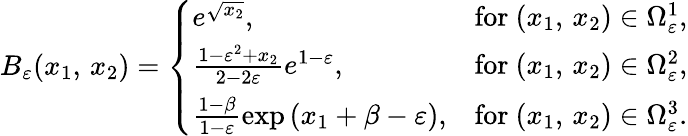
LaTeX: B_{\varepsilon}(x_{1},\, x_{2})=\left\{ \begin{array}{ll}{e^{\sqrt{x_{2}}},}&{\mathrm{for~}(x_{1},\, x_{2})\in\Omega_{\varepsilon}^{1},}\\ {\frac{1-\varepsilon^{2}+x_{2}}{2-2\varepsilon}e^{1-\varepsilon},}&{\mathrm{for~}(x_{1},\, x_{2})\in\Omega_{\varepsilon}^{2},}\\ {\frac{1-\beta}{1-\varepsilon}\exp\left(x_{1}+\beta-\varepsilon\right),}&{\mathrm{for~}(x_{1},\, x_{2})\in\Omega_{\varepsilon}^{3}.}\end{array}\right.